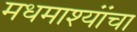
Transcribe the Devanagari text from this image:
मधमाश्यांंचा